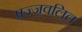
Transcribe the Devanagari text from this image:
प्रज्‍जवलित